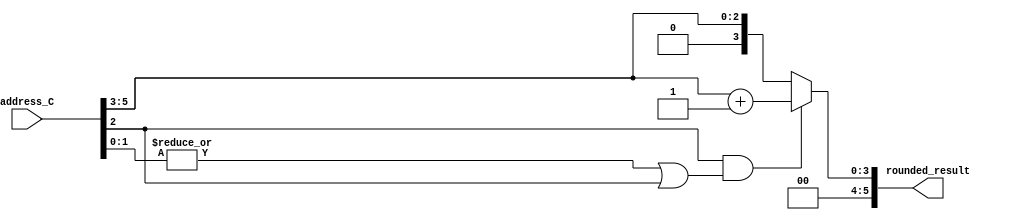
module rounding (
    input [5:0] address_C,
    output reg [5:0] rounded_result
);
    reg [5:0] temp;
    reg add_bit;

    always @(*) begin
        // Step 1: Right shift to divide by 8
        temp = address_C >> 3; // This is the integer part of the division

        // Determine if we need to round up
        add_bit = address_C[2]; // Check if the bit for 0.5 is 1

        // Step 2: Perform rounding
        if (add_bit && (|address_C[1:0] || address_C[2])) begin
            rounded_result = temp + 1;
        end else begin
            rounded_result = temp;
        end
    end
endmodule